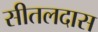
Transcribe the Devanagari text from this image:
सीतलदास